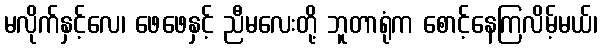
မလိုက်နှင့်လေ၊ ဖေဖေနှင့် ညီမလေးတို့ ဘူတာရုံက စောင့်နေကြလိမ့်မယ်၊